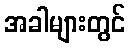
အခါများတွင်